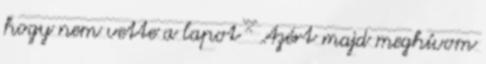
hogy nem vette a lapot ˇ^ˇ Azért majd meghívom